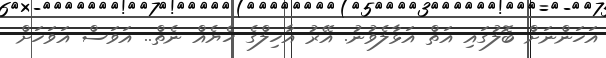
އަހަންނަށް ބޮލުގައި އަތް އަޅާލެވުނު. އޭރު އާހިލްގެ ހެޔެއް ނެތް.. އަވަސް އަވަހަށް